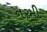
નરમી